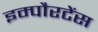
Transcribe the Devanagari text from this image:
इम्पौरटेंस